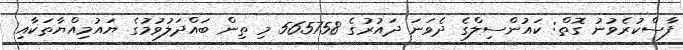
ފާސްކުރެވުނު ގޮތް: ކައުންސިލްގެ ދެވަނަ ދައުރުގެ 565758 މި ތިން ބައްދަލުވުމުގެ ޔައުމިއްޔާތަކާއި